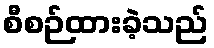
စီစဉ်ထားခဲ့သည်